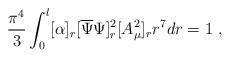
LaTeX: \begin{align*}\frac{\pi^4}{3}\int_{0}^l[\alpha]_r[\overline{\Psi}\Psi]^2_r [A^2_{\mu}]_rr^7dr = 1~, \end{align*}